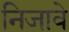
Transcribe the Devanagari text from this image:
निजावे